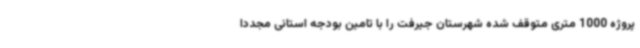
پروژه 1000 متری متوقف شده شهرستان جیرفت را با تامین بودجه استانی مجددا